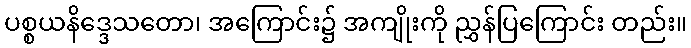
ပစ္စယနိဒ္ဒေသတော၊ အကြောင်း၌ အကျိုးကို ညွှန်ပြကြောင်း တည်း။